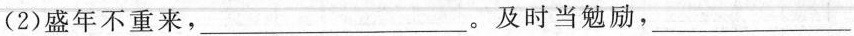
(2)盛年不重来，___。及时当勉励，___